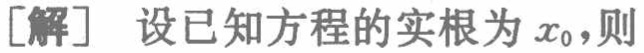
[解] 设已知方程的实根为 \(x_{0}\)，则